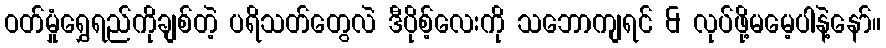
ဝတ်မှုံရွှေရည်ကိုချစ်တဲ့ ပရိသတ်တွေလဲ ဒီပိုစ့်လေးကို သဘောကျရင် & လုပ်ဖို့မမေ့ပါနဲ့နော်။